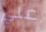
علي